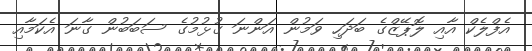
އެފްލެކް އާއި ލޮޕޭޒްގެ ބަދަހި ވަމުން އަންނަ ގުޅުމުގެ ސަބަބުން ގާނަ އެކަމާއި